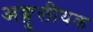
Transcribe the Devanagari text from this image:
अङ्गुलीयक